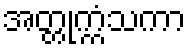
အတ္တုက္ကံသကာ